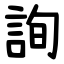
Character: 詢